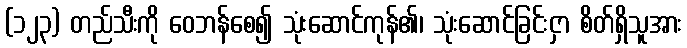
(၁၂၃) တည်သီးကို ဝေဘန်စေ၍ သုံးဆောင်ကုန်၏၊ သုံးဆောင်ခြင်းငှာ စိတ်ရှိသူအား